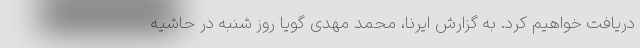
دریافت خواهیم کرد. به گزارش ایرنا، محمد مهدی گویا روز شنبه در حاشیه